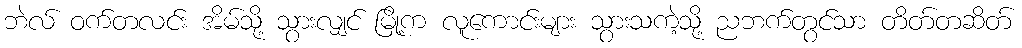
ဘဲလ် ဝက်တလင်း အိမ်သို့ သွားလျှင် မြို့က လူကောင်းများ သွားသကဲ့သို့ ညဘက်တွင်သာ တိတ်တဆိတ်